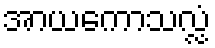
အာယကောသလ္လံ